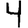
Digit: 4